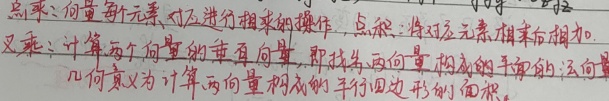
点乘：向量每个元素对应进行相乘的操作，点积：将对应元素相乘后相加。叉乘：计算两个向量的垂直向量，即找出两向量构成的平面的法向量，几何意义为计算两向量构成的平行四边形的面积。